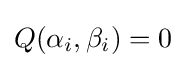
Q(\alpha _{i},\beta _{i})=0